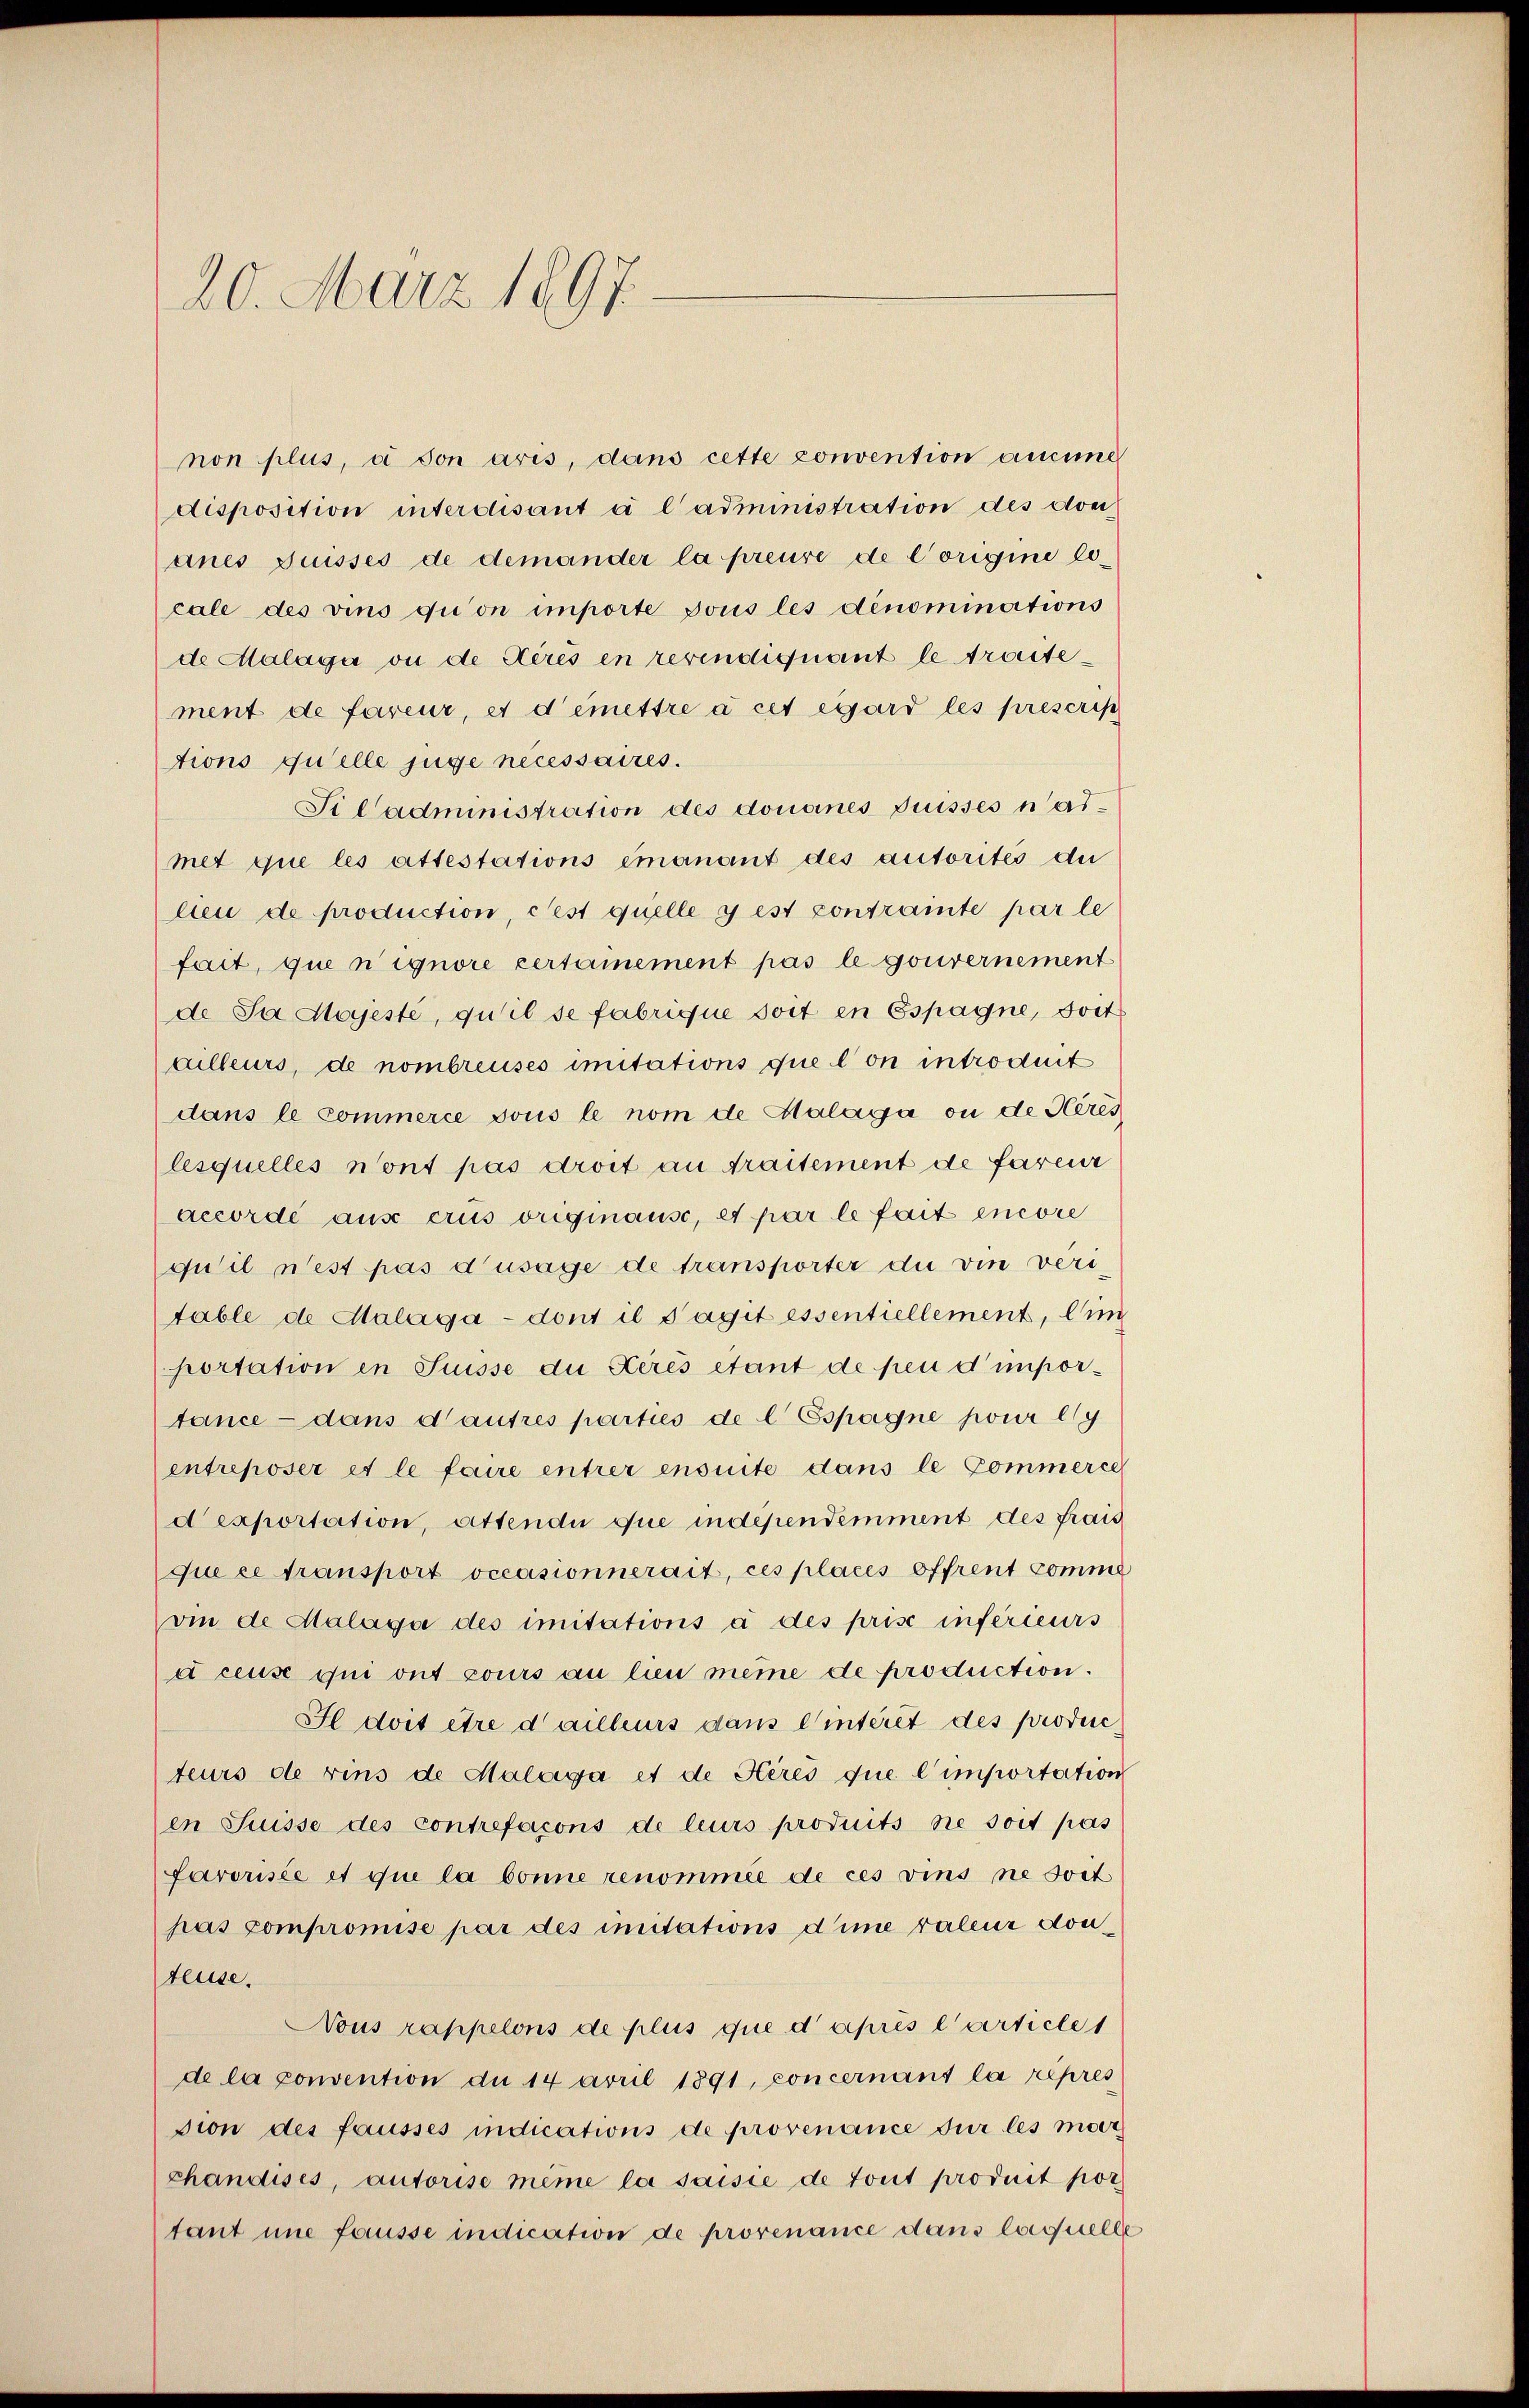
20. März 1897.

non plus, à son aris, dans cette convention aucune
disposition interdisant à l’administration des domianes Fusses de demander la preuve de Vorigine lecale des vins qui on importe sous les dénominations

de Malaga ou de Kirés en revindiquant le traitement de fareur, et demettre à cet égard les prescrip
tions quelle juge necessaires.
Si Cadministration des doneines Prisses nadmet que les attestations émanant des autorités du
lien de production, Pest quelle y est contrainte par le
fait, que n ignore certainement pas le gouvernement
de Se Majesté, qu’il se fabrique soit en Espagne, dort
ailleurs, de nombreuses imitations que lon introduit
dans le commerce sous le nom de Malaga ou de Heres
lesquelles nont pas droit an draitement de fareur
accordé aus erus originause, et par le fait encore
qu’il nest pas d’usage de transporter du vin verstable de Malaga - dont il s’agit essentiellement, ein
portation in Suisse die Kerès étant de peu d’importance dans d’autres parties de l Espagne pour l
entreposer et le faire entrer ensuite dans le Commerce
d exportation, attendu que independemment des frais
que ce transport occasionnerait, ces places offrent comme
vie de Malage des imitations à des prise inférieurs
dceuse qui ont cours au lieu même de production.
Il doit être d’ailleurs dans Winteret des produc
teurs de vins de Malaga et de Heres que l’importation
en Suisse des contrefacons de leurs produits ne soit pas
favorisée et que la bonne renommée de ces vins ne Jost
pas compromise par des imitations d’ime valeur don
teuse.
Nous rappelons de plus que d’après l’article 1
de la convention du 14 April 1891, concernant la repres
sion des fausses indications de provenance für les mar
chandises, autorise même la saisie de tout produit por
tant une fausse indication de provenance dans laquelle